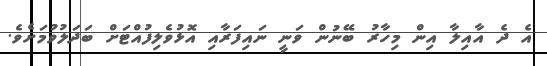
އެ ދެ އާއިލާ އިން މިހާރު ބޭނުން ވަނީ ނައިފަރާއި އޮޅުވެލިފުއްޓަށް ބަދަލުވުމަށެވެ.